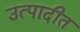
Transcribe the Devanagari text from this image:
उत्पादीत